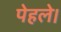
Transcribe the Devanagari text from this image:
पेहले।